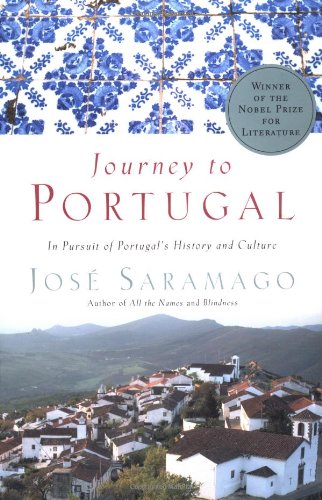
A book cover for Journey to Portugal: In Pursuit of Portugal's History and Culture; JosÃ© Saramago; Travel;